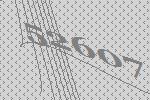
52607